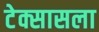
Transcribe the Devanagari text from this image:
टेक्सासला